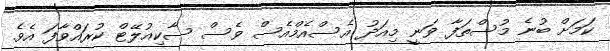
ކަމަށް ބުނެ މުސްތަފާ ވަނީ މިއަދު އެސްއެމްއެސް ވެސް ސާކިއުލޭޓް ކުރައްވާފަ އެވެ.